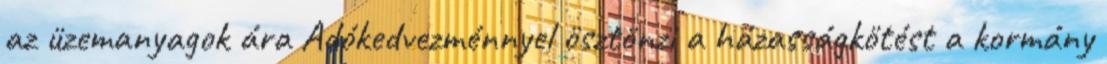
az üzemanyagok ára Adókedvezménnyel ösztönzi a házasságkötést a kormány